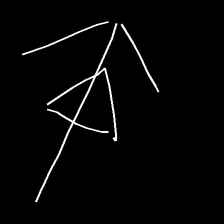
Glyph: pull